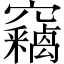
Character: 竊